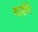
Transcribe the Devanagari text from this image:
यार्डने